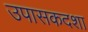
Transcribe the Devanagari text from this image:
उपासकदशा